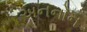
અનનોન